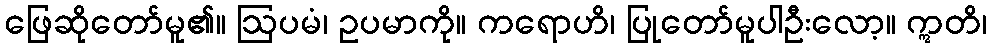
ဖြေဆိုတော်မူ၏။ ဩပမံ၊ ဥပမာကို။ ကရောဟိ၊ ပြုတော်မူပါဦးလော့။ ဣတိ၊